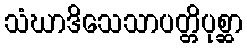
သံဃာဒိသေသာပတ္တိပုစ္ဆာ